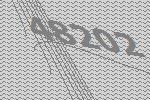
48202